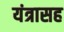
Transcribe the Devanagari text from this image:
यंत्रासह